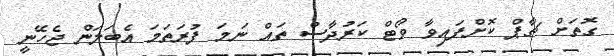
ގޮތަށް ޗާޕް ކޮށްފައިވާ ވޯޓް ކަރުދާސް ތައް ނަމަ ފުރަތަމަ އެބަލަން ޖެހޭނީ